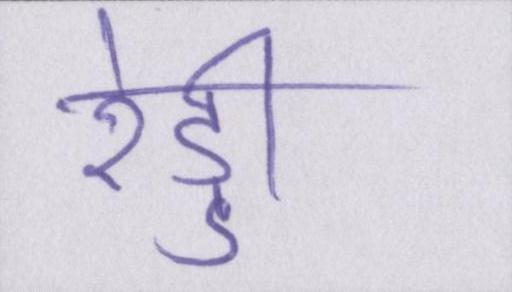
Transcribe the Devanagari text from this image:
रेड्डी